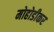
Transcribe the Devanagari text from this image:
मोहोडीकर